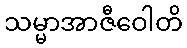
သမ္မာအာဇီဝေါတိ